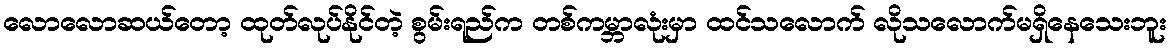
လောလောဆယ်တော့ ထုတ်လုပ်နိုင်တဲ့ စွမ်းရည်က တစ်ကမ္ဘာလုံးမှာ ထင်သလောက် လိုသလောက်မရှိနေသေးဘူး